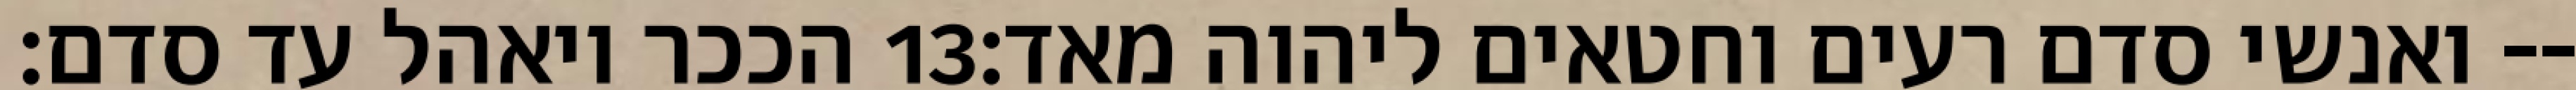
הככר ויאהל עד סדם׃ ‎13‏ ואנשי סדם רעים וחטאים ליהוה מאד׃--